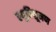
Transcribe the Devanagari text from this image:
स्यूतिभ्रूमण